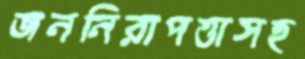
জননিরাপত্তাসহ